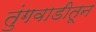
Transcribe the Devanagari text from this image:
तुंगवाडीतून